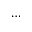
\dots